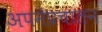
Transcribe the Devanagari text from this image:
अपनेप्रचालन